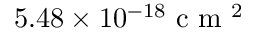
5 . 4 8 \times 1 0 ^ { - 1 8 } \mathrm { ~ c ~ m ~ } ^ { 2 }